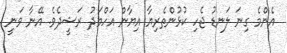
އެންމެ ގިނަ ލަނޑު ޖެހި ކުޅުންތެރިޔާ އިޔާން އަހްމަދު ރަޝީދެވެ. އޭނާ ވަނީ